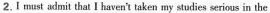
2.I must admit that I haven't taken my studies serios in the